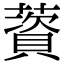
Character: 薋